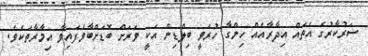
ސަރުކާރުގެ އެތައް އިދާރާއެއް ހިންގާ ހުރަވީ ބިލްޑިން އަކީ ވަރަށް ބޮޑަށްބާވެފައިވާ އިމާރާތަކެވެ.